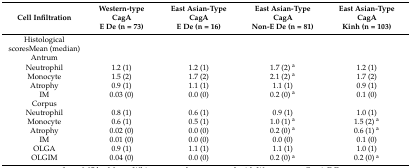
<table><thead><tr><td><b>Cell Infiltration</b></td><td><b>Western-Type CagAE De (n = 73)</b></td><td><b>East Asian-Type CagAE De (n = 16)</b></td><td><b>East Asian-Type CagANon-E De (n = 81)</b></td><td><b>East Asian-Type CagAKinh (n = 103)</b></td></tr></thead><tbody><tr><td>Histological scoresMean (median)</td><td></td><td></td><td></td><td></td></tr><tr><td>Antrum</td><td></td><td></td><td></td><td></td></tr><tr><td>Neutrophil</td><td>1.2 (1)</td><td>1.2 (1)</td><td>1.7 (2) <sup>a</sup></td><td>1.2 (1)</td></tr><tr><td>Monocyte</td><td>1.5 (2)</td><td>1.7 (2)</td><td>2.1 (2) <sup>a</sup></td><td>1.7 (2)</td></tr><tr><td>Atrophy</td><td>0.9 (1)</td><td>1.1 (1)</td><td>1.1 (1)</td><td>0.9 (1)</td></tr><tr><td>IM</td><td>0.03 (0)</td><td>0.0 (0)</td><td>0.2 (0) <sup>a</sup></td><td>0.1 (0)</td></tr><tr><td>Corpus</td><td></td><td></td><td></td><td></td></tr><tr><td>Neutrophil</td><td>0.8 (1)</td><td>0.6 (1)</td><td>0.9 (1)</td><td>1.0 (1)</td></tr><tr><td>Monocyte</td><td>0.6 (1)</td><td>0.5 (1)</td><td>1.0 (1) <sup>a</sup></td><td>1.5 (2) <sup>a</sup></td></tr><tr><td>Atrophy</td><td>0.02 (0)</td><td>0.0 (0)</td><td>0.2 (0) <sup>a</sup></td><td>0.6 (1) <sup>a</sup></td></tr><tr><td>IM</td><td>0.01 (0)</td><td>0.0 (0)</td><td>0.0 (0)</td><td>0.1 (0)</td></tr><tr><td>OLGA</td><td>0.9 (1)</td><td>1.1 (1)</td><td>1.1 (1)</td><td>1.0 (1)</td></tr><tr><td>OLGIM</td><td>0.04 (0)</td><td>0.0 (0)</td><td>0.2 (0) <sup>a</sup></td><td>0.2 (0) <sup>a</sup></td></tr></tbody></table>